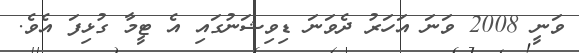
ވަނީ 2008 ވަނަ އަހަރު ދެވަނަ ޑިވިޝަނުގައި އެ ޓީމާ ގުޅިފަ އެވެ.